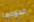
حدودها